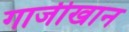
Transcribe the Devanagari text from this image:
गाजीखान